Newspaper: The Petroleum Centre daily record. [volume]
Place of publication: Petroleum Center, Pa.
Publisher: Longwell & Plummer
Date: 1870-12-23 00:00:00
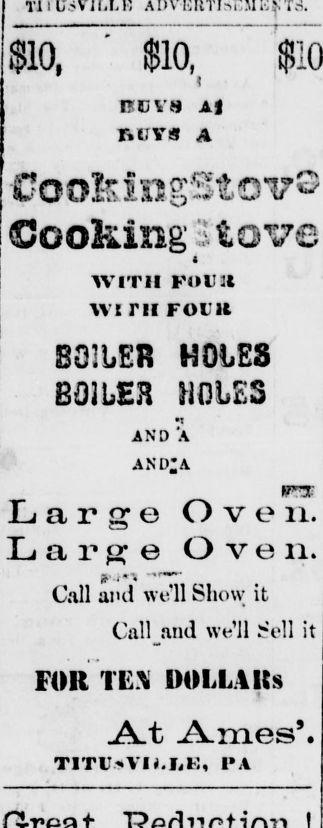
Advertisement text (OCR):
$10, ' $10, BCV8 A r.uvs A CooMngStoi Cooking a to ve WITH FtU3l WITH FOLIC HOLES BOILER HOLES AND A AND A Large Oven. Large Oven. '.i -e Call and we'll Show it Call and we'll tell it FOR TES DOLLARS Jt Ames', TlTLVH.IsE, PA
Label: text-only